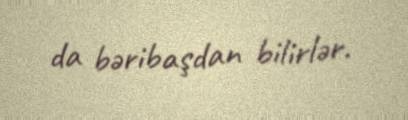
da bəribaşdan bilirlər.